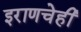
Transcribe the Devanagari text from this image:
इराणचेही